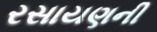
રસાયણની